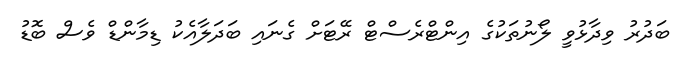
ބަދުރު ވިދާޅުވީ ލޯނުތަކުގެ އިންޓްރެސްޓް ރޭޓަށް ގެނައި ބަދަލާއެކު ޑިމާންޑް ވެސް ބޮޑު